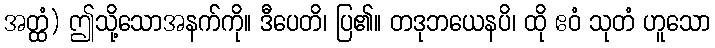
အတ္ထံ) ဤသို့သောအနက်ကို။ ဒီပေတိ၊ ပြ၏။ တဒုဘယေနပိ၊ ထို ဧဝံ သုတံ ဟူသော